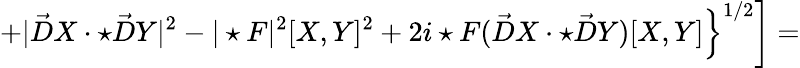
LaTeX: \left.\left.+|\vec{D}X\cdot\star\vec{D}Y|^{2}-|\star F|^{2}[X,Y]^{2}+2i\star F(\vec{D}X\cdot\star\vec{D}Y)[X,Y]\right\} ^{1/2}\right]=